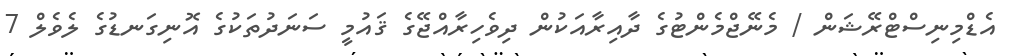
އެޑްމިނިސްޓްރޭޝަން / މެނޭޖްމެންޓުގެ ދާއިރާއަކުން ދިވެހިރާއްޖޭގެ ޤައުމީ ސަނަދުތަކުގެ އޮނިގަނޑުގެ ލެވެލް 7